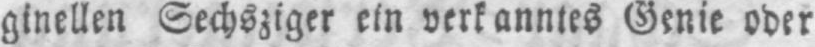
ginellen Sechsziger ein verkanntes Genie oder